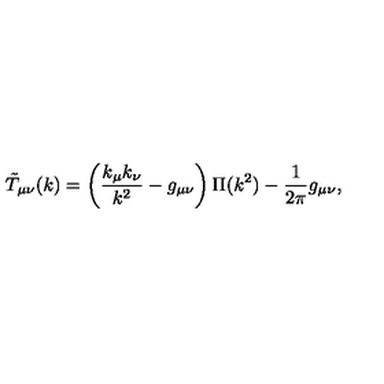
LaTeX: \tilde { T } _ { \mu \nu } ( k ) = \left( \frac { k _ { \mu } k _ { \nu } } { k ^ { 2 } } - g _ { \mu \nu } \right) \Pi ( k ^ { 2 } ) - \frac { 1 } { 2 \pi } g _ { \mu \nu } ,